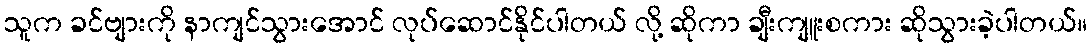
သူက ခင်ဗျားကို နာကျင်သွားအောင် လုပ်ဆောင်နိုင်ပါတယ် လို့ ဆိုကာ ချီးကျူးစကား ဆိုသွားခဲ့ပါတယ်။